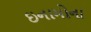
ઇનામોના